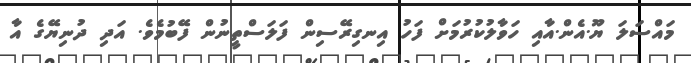
މައްސަލަ ޔޫ.އެން.އާއި ހަވާލުކުރުމަށް ފަހު އިނގިރޭސިން ފަލަސްތީނުން ފޭބުމެވެ. އަދި ދުނިޔޭގެ އާ